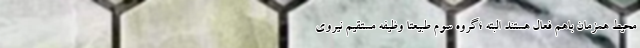
محیط همزمان باهم فعال هستند البته ؛گروه سوم طبیعتا وظیفه مستقیم نیروی